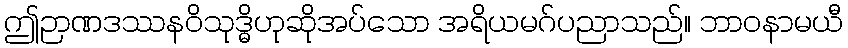
ဤဉာဏဒဿနဝိသုဒ္ဓိဟုဆိုအပ်သော အရိယမဂ်ပညာသည်။ ဘာဝနာမယီ